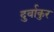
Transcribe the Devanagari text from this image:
दुर्वाकुर